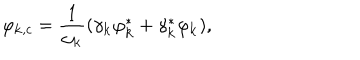
\varphi _ { { \bf k } , c } = \frac { 1 } { \omega _ { \bf k } } ( \gamma _ { \bf k } \varphi _ { \bf k } ^ { * } + \gamma _ { \bf k } ^ { * } \varphi _ { \bf k } ) ,